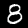
Digit: 8